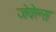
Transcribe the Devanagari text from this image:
जेवेल्स